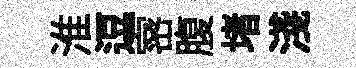
淮逗宻腹堵淺